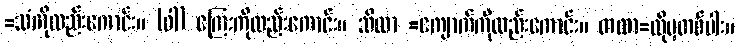
=သံကိုလည်းကောင်း။ (ဝါ) ကြေးကိုလည်းကောင်း။ သိလာ =ကျောက်ကိုလည်းကောင်း။ တထာ=ထိုမှတစ်ပါး။